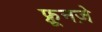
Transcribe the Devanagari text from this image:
फ़्रूनज़े